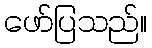
ဖော်ပြသည်။